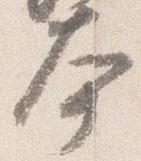
本